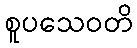
စူပသေဝတိ